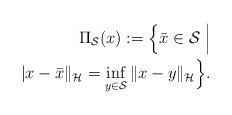
LaTeX: \begin{align*}\Pi_{\mathcal{S}}(x):=\Big\{ \bar x\in \mathcal{S}\ \Big|\\|x-\bar x\|_{\mathcal{H}}=\inf_{y\in \mathcal{S}}\|x-y\|_{\mathcal{H}} \Big\}.\end{align*}